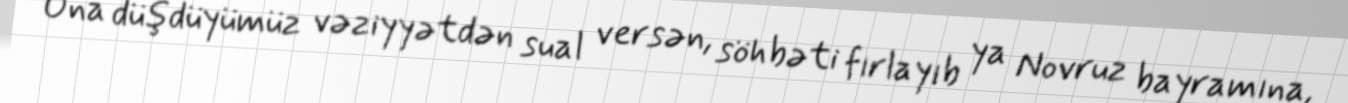
Ona düşdüyümüz vəziyyətdən sual versən, söhbəti fırlayıb ya Novruz bayramına,